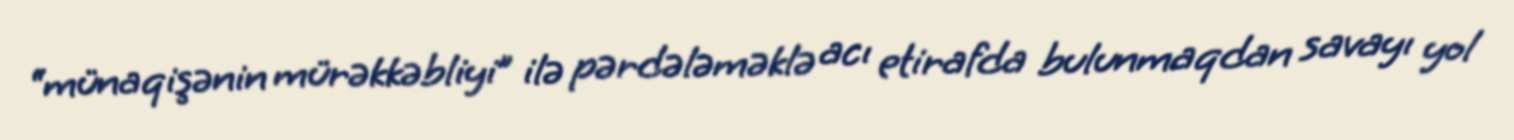
“münaqişənin mürəkkəbliyi” ilə pərdələməklə acı etirafda bulunmaqdan savayı yol